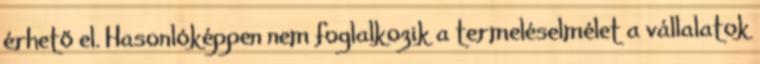
érhető el. Hasonlóképpen nem foglalkozik a termeléselmélet a vállalatok